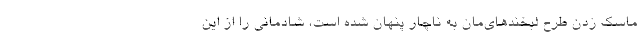
ماسک زدن طرح لبخندهای‌مان به ناچار پنهان شده است، شادمانی را از این